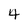
Character: 4